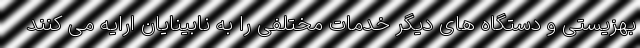
بهزیستی و دستگاه های دیگر خدمات مختلفی را به نابینایان ارایه می کنند